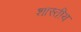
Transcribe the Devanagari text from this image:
शास्तीय